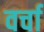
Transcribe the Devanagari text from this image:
वर्चा